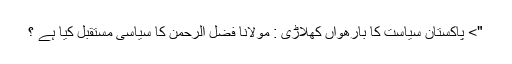
"> پاکستان سیاست کا بارھواں کھلاڑی : مولانا فضل الرحمٰن کا سیاسی مستقبل کیا ہے ؟